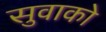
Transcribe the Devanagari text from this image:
सुवाको